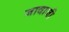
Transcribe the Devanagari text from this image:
जावाजी